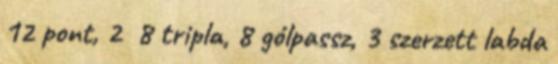
12 pont, 2 8 tripla, 8 gólpassz, 3 szerzett labda